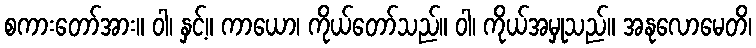
စကားတော်အား။ ဝါ၊ နှင့်။ ကာယော၊ ကိုယ်တော်သည်။ ဝါ၊ ကိုယ်အမှုသည်။ အနုလောမေတိ၊